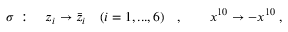
\sigma \; : \quad z _ { i } \to \bar { z } _ { i } \quad ( i = 1 , . . . , 6 ) \quad , \qquad x ^ { 1 0 } \to - x ^ { 1 0 } \; ,